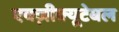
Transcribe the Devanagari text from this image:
एक्ज़ीक्यूटेबल